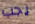
يجب